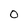
Character: O